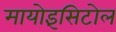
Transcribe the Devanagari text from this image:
मायोइंसिटोल